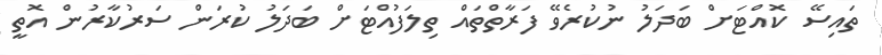
ތައިސޭ ކޮއްޓަށް ބަދަލު ނުކުރެވޭ ފަރާތްތައް ތިލަފުއްޓަށް ބަދަލު ކުރަން ސަރުކާރުން އޮތީ